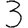
Digit: 3